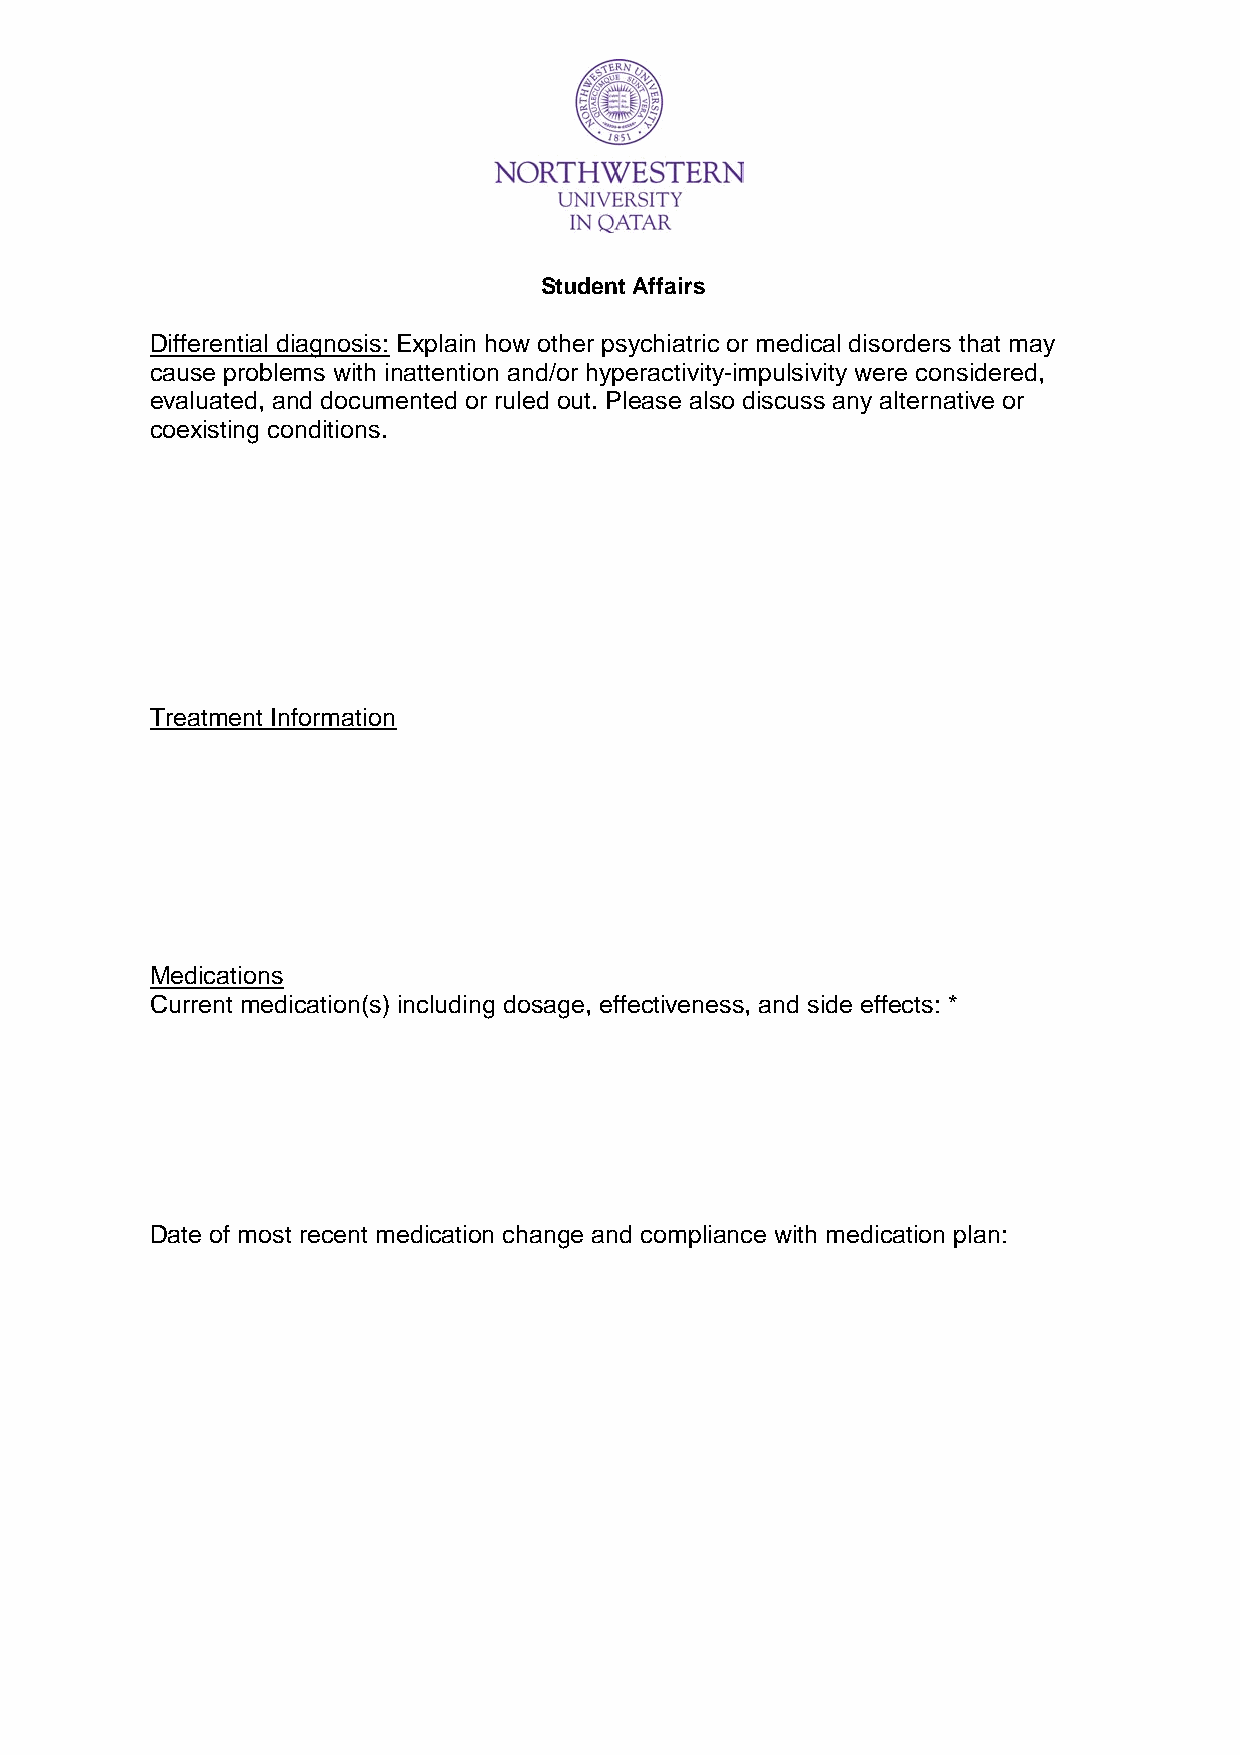
Student Affairs
 Differential diagnosis: Explain how other psychiatric or medical disorders that may
 cause problems with inattention and/or hyperactivity-impulsivity were considered,
 evaluated, and documented or ruled out. Please also discuss any alternative or
 coexisting conditions.
 Treatment Information
 Medications
 Current medication(s) including dosage, effectiveness, and side effects: *
 Date of most recent medication change and compliance with medication plan: